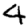
Digit: 4